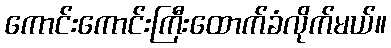
ကောင်းကောင်းကြီးထောက်ခံလိုက်မယ်။